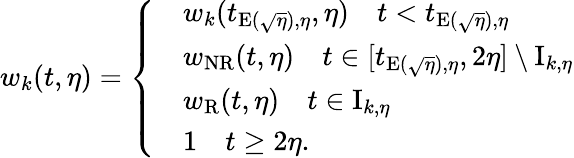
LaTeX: w_{k}(t,\eta)=\left\{ \begin{array}{rl}&{w_{k}(t_{\mathrm{E}(\sqrt{\eta}),\eta},\eta)\quad t<t_{\mathrm{E}(\sqrt{\eta}),\eta}}\\ &{w_{\mathrm{NR}}(t,\eta)\quad t\in[t_{\mathrm{E}(\sqrt{\eta}),\eta},2\eta]\setminus\mathrm{I}_{k,\eta}}\\ &{w_{\mathrm{R}}(t,\eta)\quad t\in\mathrm{I}_{k,\eta}}\\ &{1\quad t\geq 2\eta.}\end{array}\right.